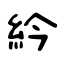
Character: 紟